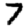
Digit: 7